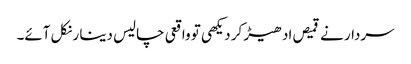
سردار نے قمیص ادھیڑ کر دیکھی تو واقعی چالیس دینا ر نکل آئے۔